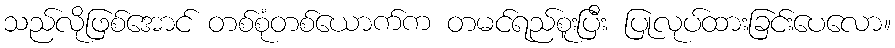
သည်လိုဖြစ်အောင် တစ်စုံတစ်ယောက်က တမင်ရည်စူးပြီး ပြုလုပ်ထားခြင်းပေလော။